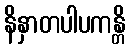
နိနှာတပါပကန္တိ